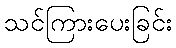
သင်ကြားပေးခြင်း